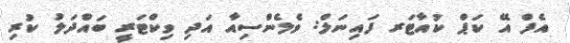
އެފް އޭ ކަޕް ކުއާޓަރ ފައިނަލް: ވެލެންސިއާ އަދި ވިކްޓަރީ ބައްދަލު ކުރި